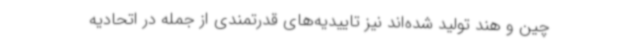
چین و هند تولید شده‌اند نیز تاییدیه‌های قدرتمندی از جمله در اتحادیه